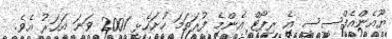
ޔޫއެންއެފްސީސީ އެ ރިޕޯޓް އެންމެ ފުރަތަމަ ހުށަހެޅީ 2001 ވަނަ އަހަރު އެވެ.